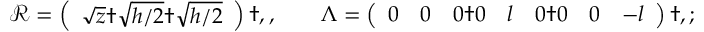
\begin{array} { r } { \mathcal { R } = \left( \begin{array} { l } { \sqrt { z } \dag \sqrt { { h } / { 2 } } \dag \sqrt { { h } / { 2 } } } \end{array} \right) \dag , , \qquad \Lambda = \left( \begin{array} { l l l l l l l } { 0 } & { 0 } & { 0 \dag 0 } & { l } & { 0 \dag 0 } & { 0 } & { - l } \end{array} \right) \dag , ; } \end{array}